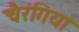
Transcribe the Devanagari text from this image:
चैरंगिया